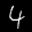
Label: 4